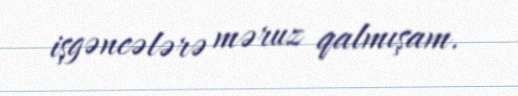
işgəncələrə məruz qalmışam.